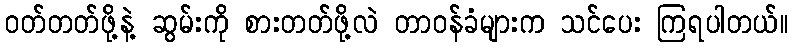
ဝတ်တတ်ဖို့နဲ့ ဆွမ်းကို စားတတ်ဖို့လဲ တာဝန်ခံများက သင်ပေး ကြရပါတယ်။